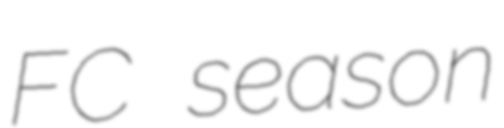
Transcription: FC season